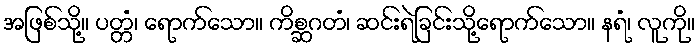
အဖြစ်သို့။ ပတ္တံ၊ ရောက်သော။ ကိစ္ဆဂတံ၊ ဆင်းရဲခြင်းသို့ရောက်သော။ နရံ၊ လူကို။